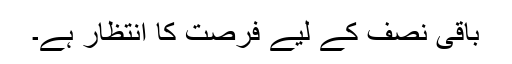
باقی نصف کے لیے فرصت کا انتظار ہے۔